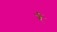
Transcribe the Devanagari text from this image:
र्र